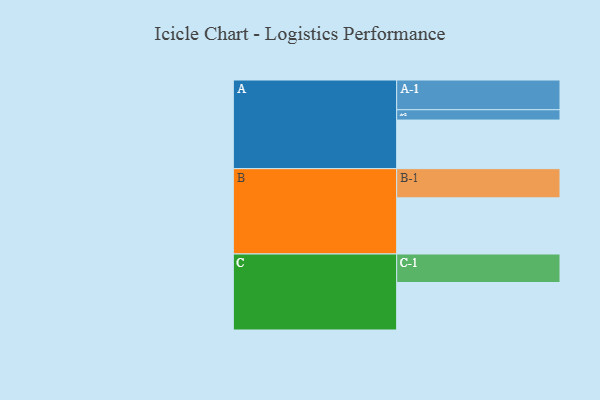
{"axis": {"x": "Segment", "y": "Value"}, "legend": ["", "A", "B", "C"], "data": [{"x": "A", "y": 438, "type": ""}, {"x": "B", "y": 506, "type": ""}, {"x": "C", "y": 428, "type": ""}, {"x": "A-1", "y": 268, "type": "A"}, {"x": "A-2", "y": 93, "type": "A"}, {"x": "B-1", "y": 263, "type": "B"}, {"x": "C-1", "y": 257, "type": "C"}]}